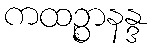
ကထဉ္စာနန္ဒ